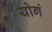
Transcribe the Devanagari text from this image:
योगं